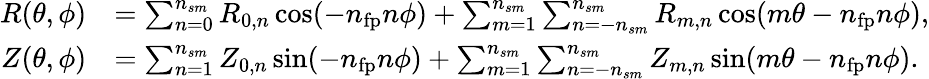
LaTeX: \begin{array}{rl}{R(\theta,\phi)}&{=\sum_{n=0}^{{n_{sm}}}R_{0,n}\cos(-n_{\mathrm{fp}}n\phi)+\sum_{m=1}^{{n_{sm}}}\sum_{n=-{n_{sm}}}^{{n_{sm}}}R_{m,n}\cos(m\theta-n_{\mathrm{fp}}n\phi),}\\ {Z(\theta,\phi)}&{=\sum_{n=1}^{{n_{sm}}}Z_{0,n}\sin(-n_{\mathrm{fp}}n\phi)+\sum_{m=1}^{{n_{sm}}}\sum_{n=-{n_{sm}}}^{{n_{sm}}}Z_{m,n}\sin(m\theta-n_{\mathrm{fp}}n\phi).}\end{array}